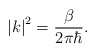
\begin{align*}\left| k\right| ^2=\frac \beta {2\pi \hbar }. \end{align*}